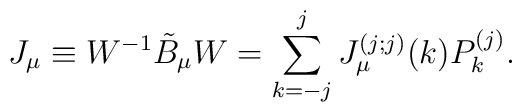
J_{\mu} \equiv W^{-1} \tilde{B}_{\mu} W   =\sum_{k=-j}^{j} J_{\mu}^{(j;j)}(k)P_k^{(j)}.